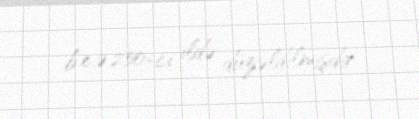
b.e.ə.250-ci ildə düzəldilmişdir.